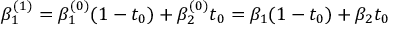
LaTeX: \beta _ { 1 } ^ { ( 1 ) } = \beta _ { 1 } ^ { ( 0 ) } ( 1 - t _ { 0 } ) + \beta _ { 2 } ^ { ( 0 ) } t _ { 0 } = \beta _ { 1 } ( 1 - t _ { 0 } ) + \beta _ { 2 } t _ { 0 }